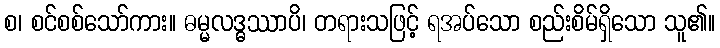
စ၊ စင်စစ်သော်ကား။ ဓမ္မလဒ္ဓဿာပိ၊ တရားသဖြင့် ရအပ်သော စည်းစိမ်ရှိသော သူ၏။